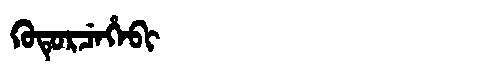
Manchu: ᡴᡠᡨᡠᡵᠴᡝᡥᡝᠪᡳ
Romanization: KUTURCEHEBI